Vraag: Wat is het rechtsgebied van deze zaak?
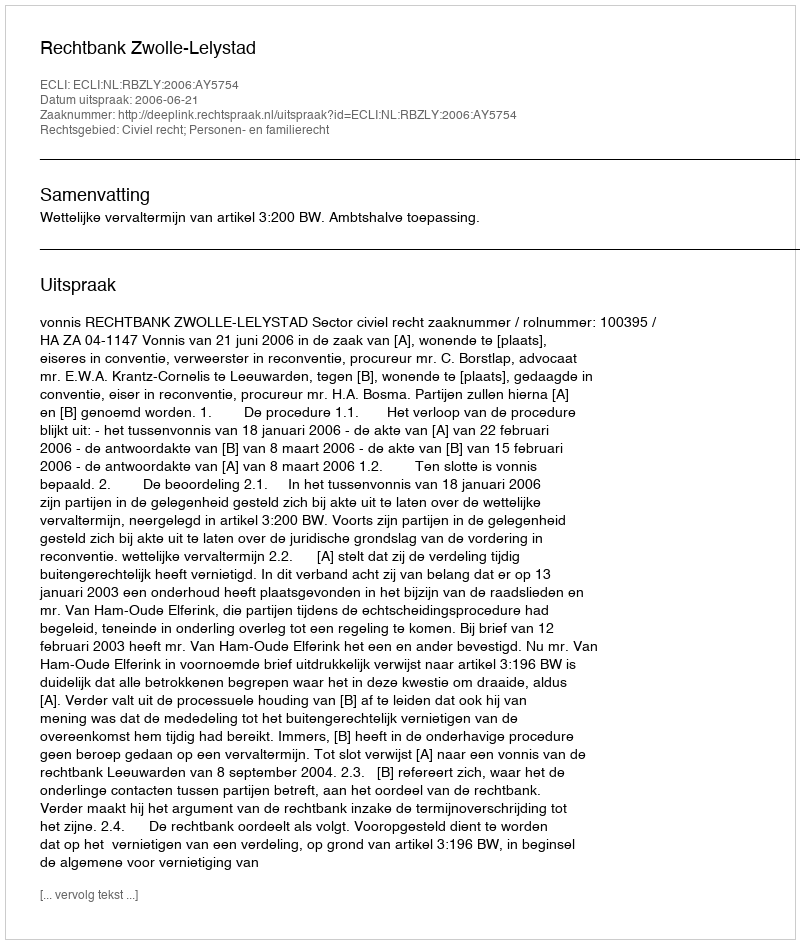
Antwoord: Civiel recht; Personen- en familierecht